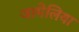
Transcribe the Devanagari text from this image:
जामेलिया